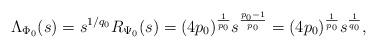
LaTeX: \begin{align*}\Lambda_{\Phi_0}(s) = s^{1/q_0} R_{\Psi_0}(s) = (4{p_0})^{\frac1{p_0}} s^{\frac{{p_0} -1}{{p_0}}}=(4{p_0})^{\frac1{p_0}} s^{\frac{1}{{q_0}}},\end{align*}